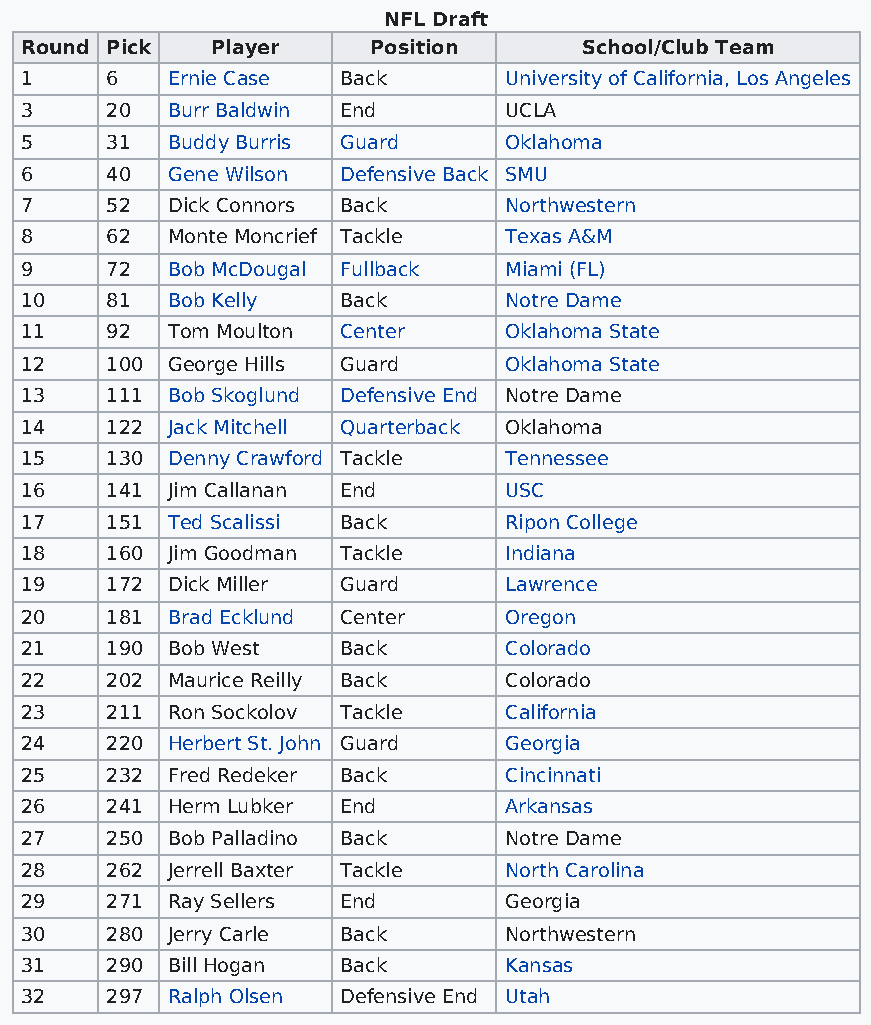
NFL Draft
 Round Pick   Player     Position      School/Club Team
 1     6   Ernie Case  Back      University of California, Los Angeles
 3     20  Burr Baldwin End      UCLA
 5     31  Buddy Burris Guard    Oklahoma
 6     40  Gene Wilson Defensive Back SMU
 7     52  Dick Connors Back     Northwestern
 8     62  Monte Moncrief Tackle Texas A&M
 9     72  Bob McDougal Fullback Miami (FL)
 10    81  Bob Kelly   Back      Notre Dame
 11    92  Tom Moulton Center    Oklahoma State
 12    100 George Hills Guard    Oklahoma State
 13    111 Bob Skoglund Defensive End Notre Dame
 14    122 Jack Mitchell Quarterback Oklahoma
 15    130 Denny Crawford Tackle Tennessee
 16    141 Jim Callanan End      USC
 17    151 Ted Scalissi Back     Ripon College
 18    160 Jim Goodman Tackle    Indiana
 19    172 Dick Miller Guard     Lawrence
 20    181 Brad Ecklund Center   Oregon
 21    190 Bob West    Back      Colorado
 22    202 Maurice Reilly Back   Colorado
 23    211 Ron Sockolov Tackle   California
 24    220 Herbert St. John Guard Georgia
 25    232 Fred Redeker Back     Cincinnati
 26    241 Herm Lubker End       Arkansas
 27    250 Bob Palladino Back    Notre Dame
 28    262 Jerrell Baxter Tackle North Carolina
 29    271 Ray Sellers End       Georgia
 30    280 Jerry Carle Back      Northwestern
 31    290 Bill Hogan  Back      Kansas
 32    297 Ralph Olsen Defensive End Utah